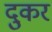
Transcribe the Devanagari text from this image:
दुकर